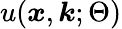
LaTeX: u(\boldsymbol{x},\boldsymbol{k};\Theta)